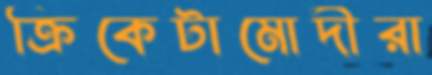
ক্রিকেটামোদীরা